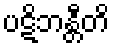
ပဋိဘန္တီတိ